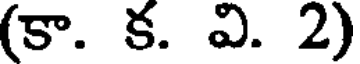
(కా. క. వి. 2)